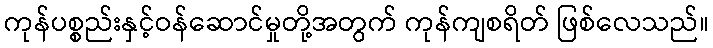
ကုန်ပစ္စည်းနှင့်ဝန်ဆောင်မှုတို့အတွက် ကုန်ကျစရိတ် ဖြစ်လေသည်။